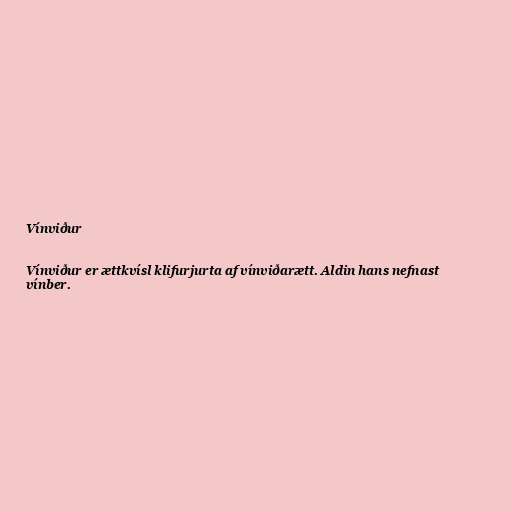
Vínviður

Vínviður er ættkvísl klifurjurta af vínviðarætt. Aldin hans nefnast
vínber.